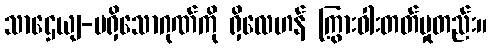
သာဌေယျ-မရှိသောဂုဏ်ကို ရှိလေဟန် ကြွားဝါးတတ်မှုတည်း။